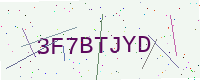
Text: 3F7BTJYD